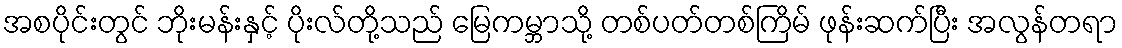
အစပိုင်းတွင် ဘိုးမန်းနှင့် ပိုးလ်တို့သည် မြေကမ္ဘာသို့ တစ်ပတ်တစ်ကြိမ် ဖုန်းဆက်ပြီး အလွန်တရာ